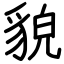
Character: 貌